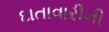
દાતાવારીની